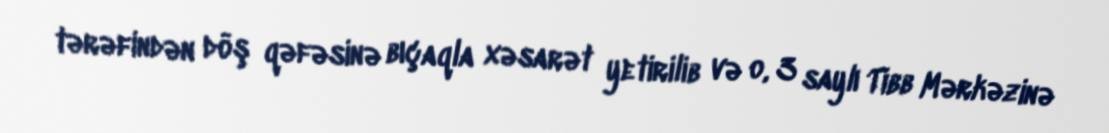
tərəfindən döş qəfəsinə bıçaqla xəsarət yetirilib və o, 3 saylı Tibb Mərkəzinə